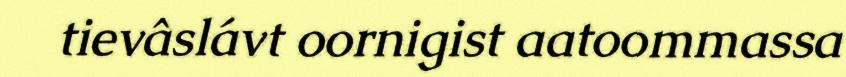
tievâslávt oornigist aatoommassa